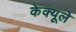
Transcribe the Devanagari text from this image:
केक्यूले